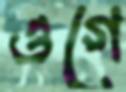
ওগে